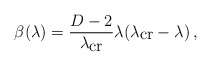
\begin{align*}\beta(\lambda)=\frac{D-2}{\lambda_{\mbox{cr}}}\lambda (\lambda_{\mbox{cr}}-\lambda)\, ,\end{align*}